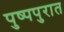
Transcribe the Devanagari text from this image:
पुष्पपुरात